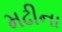
મઢીના